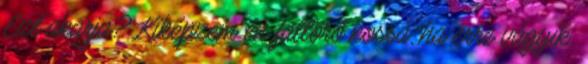
Ezt akarja? Kiképzem én faltörő kossá, ha erre vágyik.